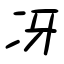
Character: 冴